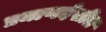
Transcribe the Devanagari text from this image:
प्रमाणदेखील